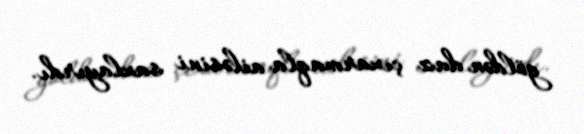
göldən duz çıxarmaqla ailəsini saxlayırdı.